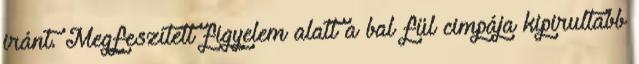
iránt. Megfeszített figyelem alatt a bal fül cimpája kipirultabb